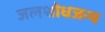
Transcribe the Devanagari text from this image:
जलशोधजन्य